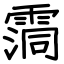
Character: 霘